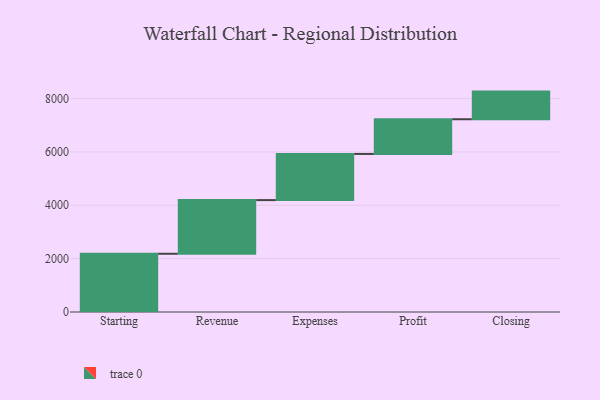
{"axis": {"x": "Step", "y": "Value"}, "legend": [""], "data": [{"x": "Starting", "y": 2183.0, "type": ""}, {"x": "Revenue", "y": 2011.0, "type": ""}, {"x": "Expenses", "y": 1730.0, "type": ""}, {"x": "Profit", "y": 1301.0, "type": ""}, {"x": "Closing", "y": 1036.0, "type": ""}]}